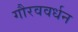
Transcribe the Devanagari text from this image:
गौरववर्धन